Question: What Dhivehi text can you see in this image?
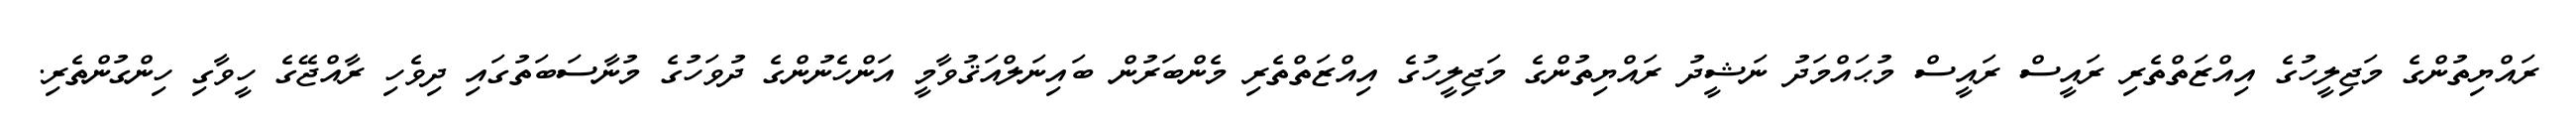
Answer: ރައްޔިތުންގެ މަޖިލީހުގެ އިއްޒަތްތެރި ރައީސް ރައީސް މުޙައްމަދު ނަޝީދު ރައްޔިތުންގެ މަޖިލީހުގެ އިއްޒަތްތެރި މެންބަރުން ބައިނަލްއަޤުވާމީ އަންހެނުންގެ ދުވަހުގެ މުނާސަބަތުގައި ދިވެހި ރާއްޖޭގެ ހީވާގި ހިންގުންތެރި.